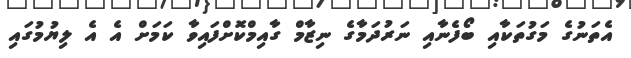
އެތަނުގެ މަގުތަކާއި ބޯފެނާއި ނަރުދަމާގެ ނިޒާމް ގާއިމްކޮށްފައިވާ ކަމަށް އެ އެ ލިޔުމުގައި